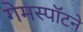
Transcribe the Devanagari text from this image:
गेमस्पॉटने